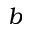
b